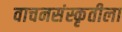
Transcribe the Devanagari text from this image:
वाचनसंस्कृतीला